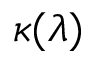
\kappa ( \lambda )